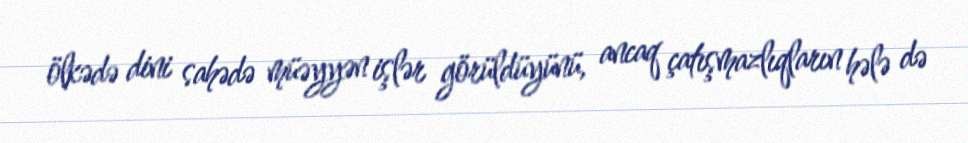
ölkədə dini sahədə müəyyən işlər görüldüyünü, ancaq çatışmazlıqların hələ də